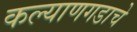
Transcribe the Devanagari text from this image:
कल्याणगडाचे